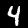
Digit: 4